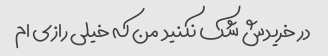
در خریدش شک نکنید  من که خیلی رازی ام